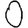
Digit: 0